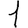
Digit: 1